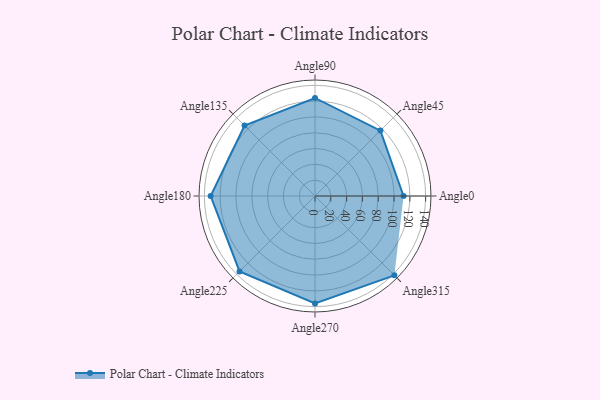
{"axis": {"x": "Angle", "y": "Radius"}, "legend": [""], "data": [{"x": "Angle0", "y": 112.0, "type": ""}, {"x": "Angle45", "y": 117.0, "type": ""}, {"x": "Angle90", "y": 124.0, "type": ""}, {"x": "Angle135", "y": 126.0, "type": ""}, {"x": "Angle180", "y": 132.0, "type": ""}, {"x": "Angle225", "y": 135.0, "type": ""}, {"x": "Angle270", "y": 136.0, "type": ""}, {"x": "Angle315", "y": 142.0, "type": ""}]}